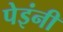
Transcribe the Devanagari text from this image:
पेइंनी